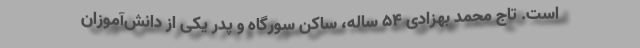
است. تاج محمد بهزادی ۵۴ ساله، ساکن سورگاه و پدر یکی از دانش‌آموزان